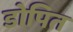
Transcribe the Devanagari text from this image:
डोपित